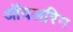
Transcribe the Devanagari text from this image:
ऑयलरिग